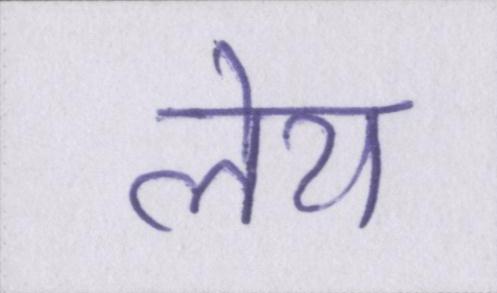
लेय